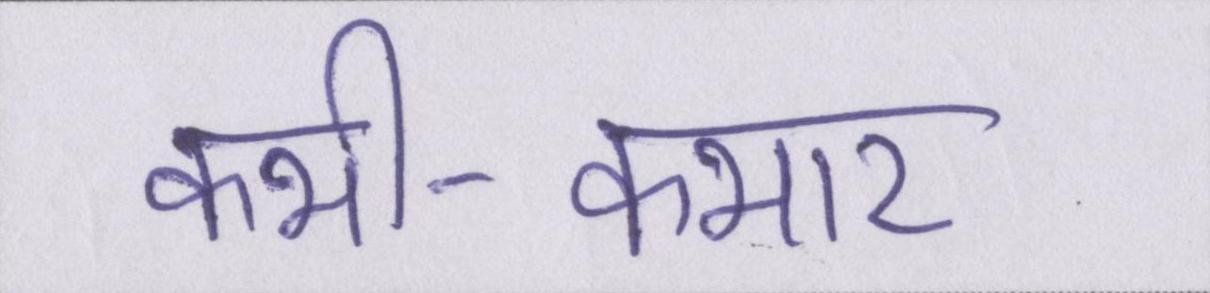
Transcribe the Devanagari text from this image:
कभी-कभार